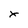
Character: x